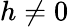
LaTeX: h\neq 0